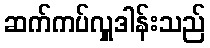
ဆက်ကပ်လှူဒါန်းသည်